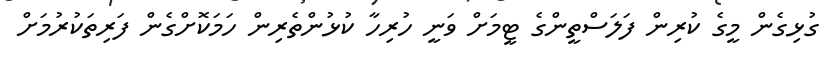
ގުޅިގެން މީގެ ކުރިން ފަލަސްތީންގެ ޓީމަށް ވަނީ ހުރިހާ ކުޅުންތެރިން ހަމަކޮށްގެން ފަރިތަކުރުމަށް